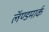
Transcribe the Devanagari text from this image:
लॅण्डमार्क